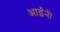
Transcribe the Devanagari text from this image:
आईंनी